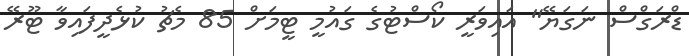
ޑްރަގްސް ނަގަޔޭ" އައިވަރީ ކޯސްޓުގެ ގައުމީ ޓީމަށް 85 މެޗު ކުޅެދީފައިވާ ޓޫރޭ